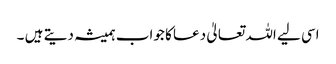
اسی لیے اللہ تعالیٰ دعا کا جواب ہمیشہ دیتے ہیں ۔